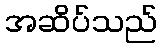
အဆိပ်သည်